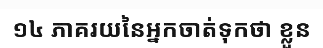
១៤ ភាគរយនៃអ្នកចាត់ទុកថា ខ្លួន